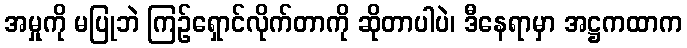
အမှုကို မပြုဘဲ ကြဉ်ရှောင်လိုက်တာကို ဆိုတာပါပဲ၊ ဒီနေရာမှာ အဋ္ဌကထာက